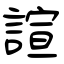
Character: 諠